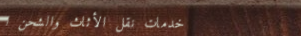
خدمات نقل الأثاث والشحن ا